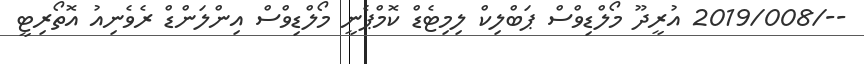
--/2019/008 އުރީދޫ މޯލްޑިވްސް ޕަބްލިކް ލިމިޓެޑް ކޮމްޕެނީ މޯލްޑިވްސް އިންލަންޑް ރެވެނިއު އޮތޯރިޓީ